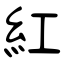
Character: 紅